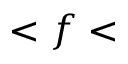
< f <